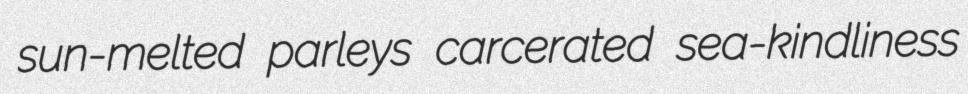
sun-melted parleys carcerated sea-kindliness